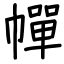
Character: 幝